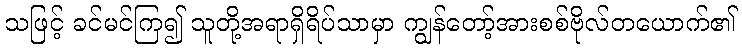
သဖြင့် ခင်မင်ကြ၍ သူတို့အရာရှိရိပ်သာမှာ ကျွန်တော့်အားစစ်ဗိုလ်တယောက်၏